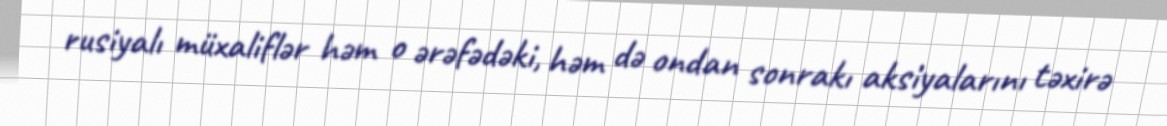
rusiyalı müxaliflər həm o ərəfədəki, həm də ondan sonrakı aksiyalarını təxirə